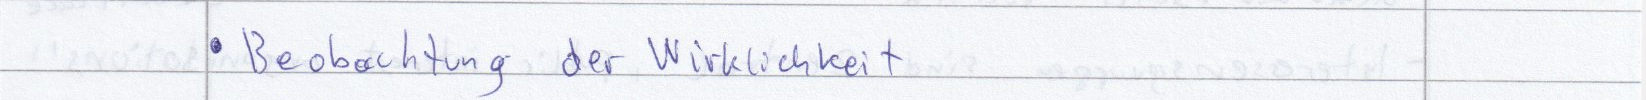
Beobachtung der Wirklichkeit